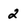
Character: 2